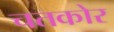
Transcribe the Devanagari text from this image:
चतकोर